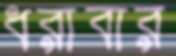
ধরাবার